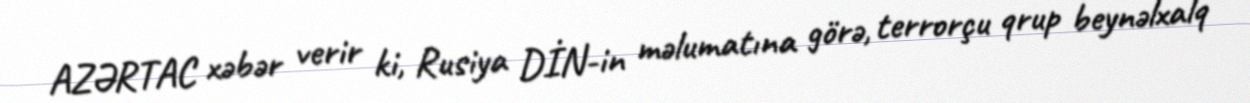
AZƏRTAC xəbər verir ki, Rusiya DİN-in məlumatına görə, terrorçu qrup beynəlxalq